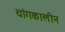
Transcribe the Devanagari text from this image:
थांगकालीन